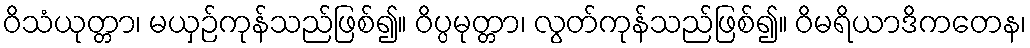
ဝိသံယုတ္တာ၊ မယှဉ်ကုန်သည်ဖြစ်၍။ ဝိပ္ပမုတ္တာ၊ လွတ်ကုန်သည်ဖြစ်၍။ ဝိမရိယာဒိကတေန၊